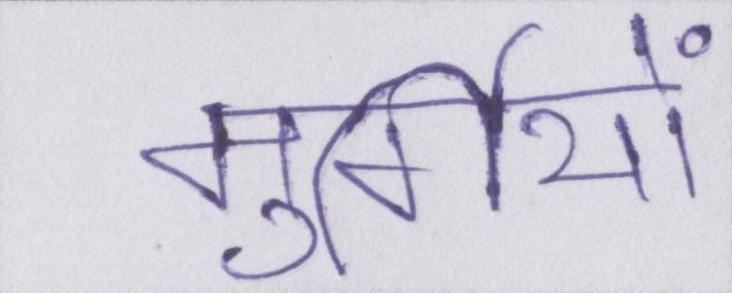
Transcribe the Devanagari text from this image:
मुर्गियों